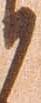
候